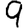
Digit: 9